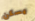
يسكن